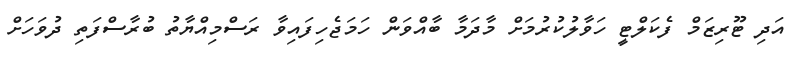
އަދި ޓޫރިޒަމް ފެކަލްޓީ ހަވާލުކުރުމަށް މާދަމާ ބާއްވަން ހަމަޖެހިފައިވާ ރަސްމިއްޔާތު ބުރާސްފަތި ދުވަހަށް